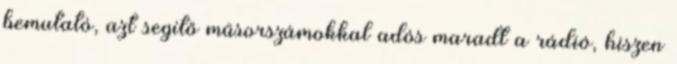
bemutató, azt segítő műsorszámokkal adós maradt a rádió, hiszen